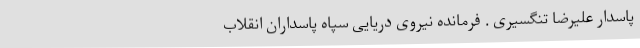
پاسدار علیرضا تنگسیری . فرمانده نیروی دریایی سپاه پاسداران انقلاب